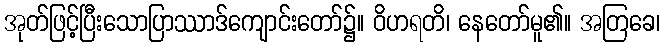
အုတ်ဖြင့်ပြီးသောပြာဿာဒ်ကျောင်းတော်၌။ ဝိဟရတိ၊ နေတော်မူ၏။ အတြခေ၊